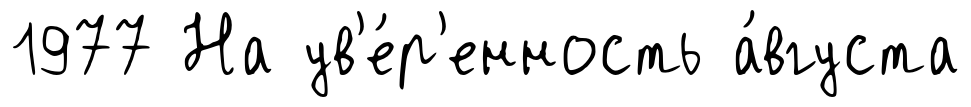
1977 На ув'е́р'енность а́вгуста